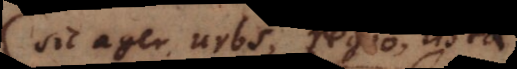
sic ager, urbs, regio, cista